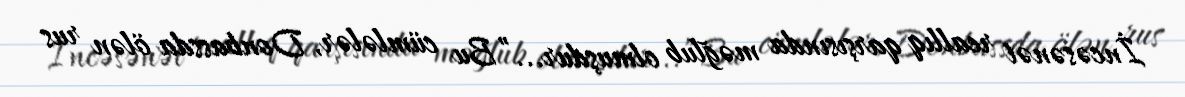
İncəsənət reallıq qarşısında məğlub olmuşdur...”Bu cümlələr, Donbassda ölən rus